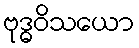
ဗုဒ္ဓဝိသယော